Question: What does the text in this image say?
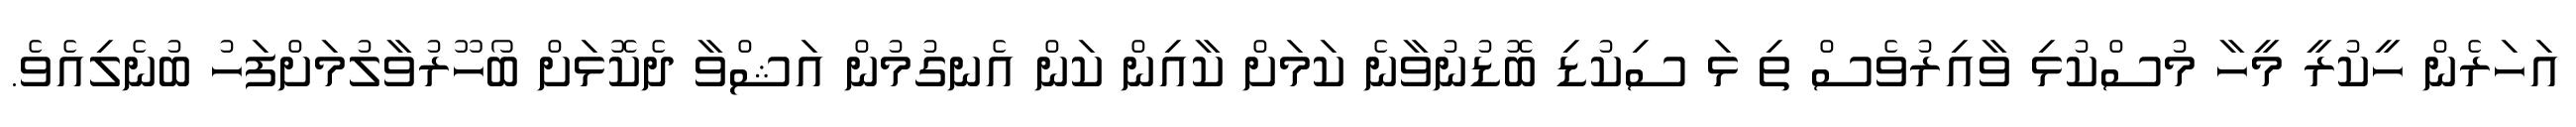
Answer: އަހަރެން ހީކުރީ މީހާ މުސްކުޅި ވާއިރުވެސް ތި ޅަ ސިކުޑި ބޮޑުނުވާނެ ކަމަށް ކާއިން ކަން އެނގުމުން އަޝްވާ ދެކޮޅަށް ބޯހޫރުވާލުމަށްފަހު ބުނެލިއެވެ.